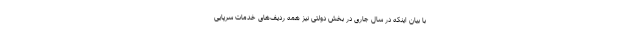
با بیان اینکه در سال جاری در بخش دولتی نیز همه ردیف‌های خدمات سرپایی